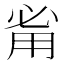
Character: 𰢲